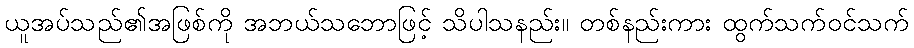
ယူအပ်သည်၏အဖြစ်ကို အဘယ်သဘောဖြင့် သိပါသနည်း။ တစ်နည်းကား ထွက်သက်ဝင်သက်